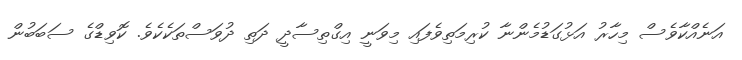
އަނެއްކާވެސް މިހާރު އަޅުގަޑުމެންނާ ކުރިމަތިވެފައި މިވަނީ އިގްތިސާދީ ދަތި ދުވަސްތަކެކެވެ. ކޮވިޑްގެ ސަބަބުން